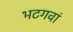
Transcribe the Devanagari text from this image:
भटगवां